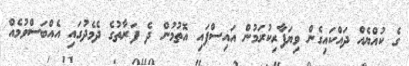
ގެ ކުއްޔެއް ދައްކައިގެން ވިޔަފާރިކުރަމުން އައިސްފައި އޮތުމުން ދެ ފަރާތުގެ ދެމެދުގައި އެއްބަސްވުމެއް